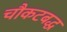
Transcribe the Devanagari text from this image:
चौकटबद्ध